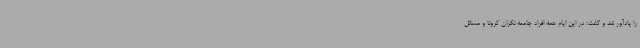
را یادآور شد و گفت: در این ایام همه افراد جامعه نگران کرونا و مسائل